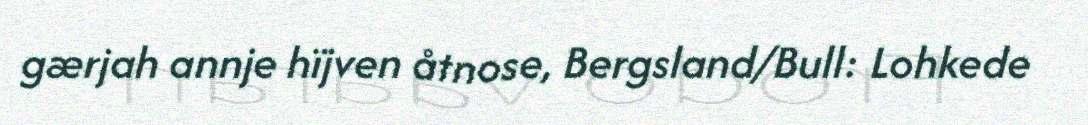
gærjah annje hïjven åtnose, Bergsland/Bull: Lohkede